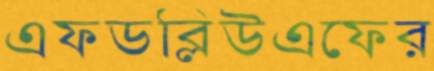
এফডব্লিউএফের